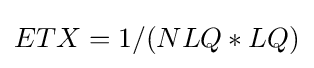
ETX=1/(NLQ*LQ)